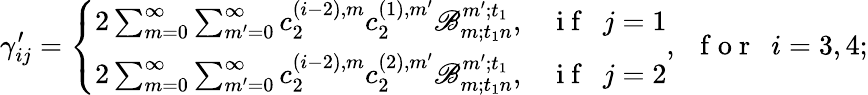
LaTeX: \gamma_{ij}^{\prime}=\left\{ \begin{array}{ll}{2\sum_{m=0}^{\infty}\sum_{m^{\prime}=0}^{\infty}c_{2}^{(i-2),m}c_{2}^{(1),m^{\prime}}\mathscr{B}_{m;t_{1}n}^{m^{\prime};t_{1}},}&{\mathrm{~i~f~~~}j=1}\\ {2\sum_{m=0}^{\infty}\sum_{m^{\prime}=0}^{\infty}c_{2}^{(i-2),m}c_{2}^{(2),m^{\prime}}\mathscr{B}_{m;t_{1}n}^{m^{\prime};t_{1}},}&{\mathrm{~i~f~~~}j=2}\end{array}\right.,\mathrm{~~~f~o~r~~~}i=3,4;